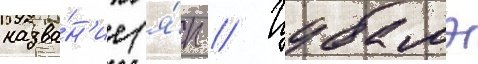
назва́н'ие (я́п // Цубамэ